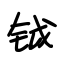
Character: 钺